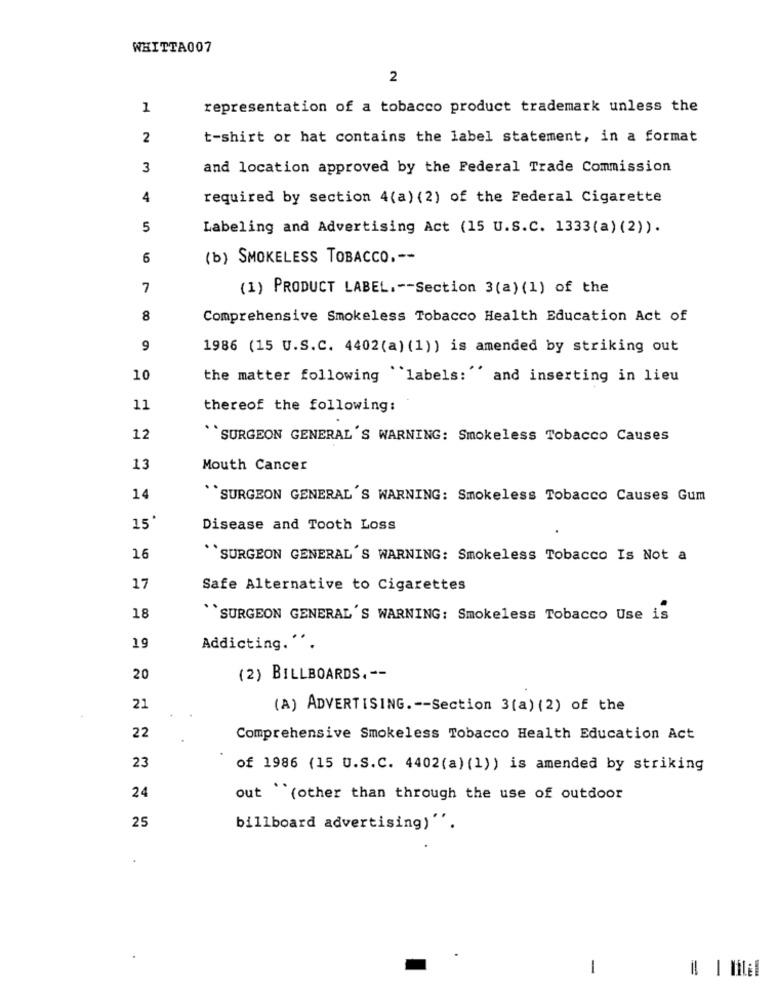
WHITTA007
2
1
representation of a tobacco product trademark unless the
2
t-shirt or hat contains the label statement, in a format
3
and location approved by the Federal Trade Commission
4
required by section 4(a) (2) of the Federal Cigarette
5
Labeling and Advertising Act (15 U.S.C. 1333(a) (2)).
6
(b) SMOKELESS TOBACCO .--
7
(1) PRODUCT LABEL. -- Section 3(a) (1) of the
8
Comprehensive Smokeless Tobacco Health Education Act of
9
1986 (15 U.S.C. 4402(a) (1)) is amended by striking out
10
the matter following labels:"' and inserting in lieu
11
thereof the following:
12
``SURGEON GENERAL'S WARNING: Smokeless Tobacco Causes
13
Mouth Cancer
..
14
SURGEON GENERAL'S WARNING: Smokeless Tobacco Causes Gum
15*
Disease and Tooth Loss
16
`SURGEON GENERAL'S WARNING: Smokeless Tobacco Is Not a
17
Safe Alternative to Cigarettes
18
``SURGEON GENERAL'S WARNING: Smokeless Tobacco Use is
19
Addicting.".
20
(2) BILLBOARDS. --
21
(A) ADVERTISING .-- Section 3(a) (2) of the
22
Comprehensive Smokeless Tobacco Health Education Act
23
of 1986 (15 U.S.C. 4402(a) (1)) is amended by striking
24
out (other than through the use of outdoor
25
billboard advertising)''.
1